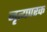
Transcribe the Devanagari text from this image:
नृत्यपरक